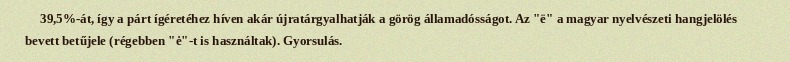
39,5%-át, így a párt ígéretéhez híven akár újratárgyalhatják a görög államadósságot. Az "ë" a magyar nyelvészeti hangjelölés bevett betűjele (régebben "ė"-t is használtak). Gyorsulás.